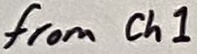
Text: from Ch1